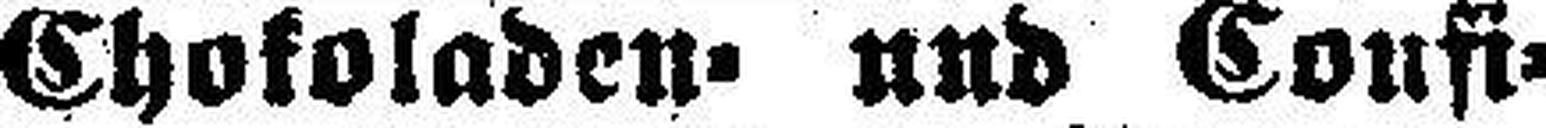
Chokoladen= und Coufi¬